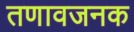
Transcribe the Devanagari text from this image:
तणावजनक